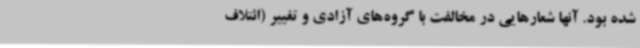
شده بود. آنها شعارهایی در مخالفت با گروه‌های آزادی و تغییر (ائتلاف